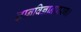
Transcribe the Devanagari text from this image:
ज्ञानविज्ञानपारग।